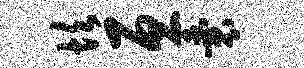
坎亘囊